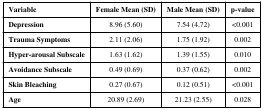
<table><thead><tr><td><b>Variable</b></td><td><b>Female Mean (SD)</b></td><td><b>Male Mean (SD)</b></td><td><b>p-value</b></td></tr></thead><tbody><tr><td><b>Depression</b></td><td>8.96 (5.60)</td><td>7.54 (4.72)</td><td>&lt;0.001</td></tr><tr><td><b>Trauma Symptoms</b></td><td>2.11 (2.06)</td><td>1.75 (1.92)</td><td>0.002</td></tr><tr><td><b>Hyper-arousal Subscale</b></td><td>1.63 (1.62)</td><td>1.39 (1.55)</td><td>0.010</td></tr><tr><td><b>Avoidance Subscale</b></td><td>0.49 (0.69)</td><td>0.37 (0.62)</td><td>0.002</td></tr><tr><td><b>Skin Bleaching</b></td><td>0.27 (0.67)</td><td>0.12 (0.51)</td><td>&lt;0.001</td></tr><tr><td><b>Age</b></td><td>20.89 (2.69)</td><td>21.23 (2.55)</td><td>0.028</td></tr></tbody></table>